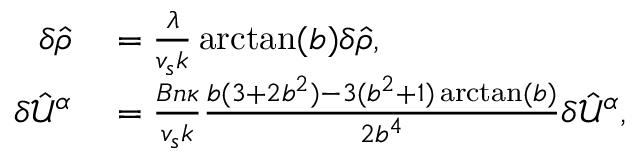
\begin{array} { r l } { \delta \hat { \rho } } & { { } = \frac { \lambda } { v _ { s } k } \arctan ( b ) \delta \hat { \rho } , } \\ { \delta \hat { \mathcal { U } } ^ { \alpha } } & { { } = \frac { B n \kappa } { v _ { s } k } \frac { b ( 3 + 2 b ^ { 2 } ) - 3 ( b ^ { 2 } + 1 ) \arctan ( b ) } { 2 b ^ { 4 } } \delta \hat { \mathcal { U } } ^ { \alpha } , } \end{array}